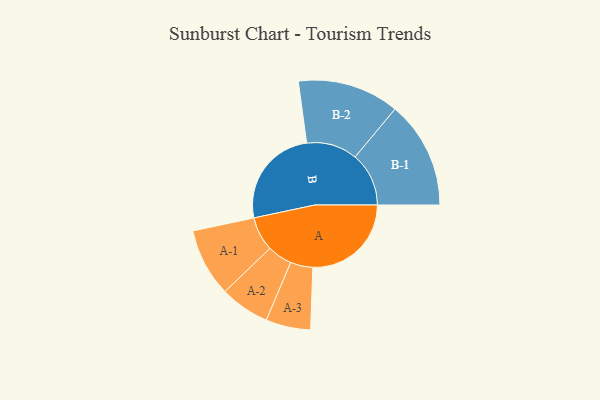
{"axis": {"x": "Segment", "y": "Value"}, "legend": ["", "A", "B"], "data": [{"x": "A", "y": 484, "type": ""}, {"x": "B", "y": 496, "type": ""}, {"x": "A-1", "y": 168, "type": "A"}, {"x": "A-2", "y": 122, "type": "A"}, {"x": "A-3", "y": 110, "type": "A"}, {"x": "B-1", "y": 264, "type": "B"}, {"x": "B-2", "y": 250, "type": "B"}]}